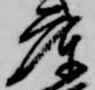
庫